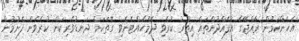
އެހެންކަމުން ރާއްޖޭގެ އުފެއްދުންތައް އިތުރު ކުރެވި ދެމެހެއްޓެނެވި ގޮތަކަށް ދަނޑުވެރިކަން ކުރެވެން ފެށުމުން